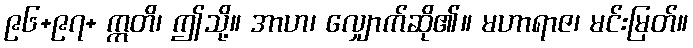
၉၆+၉၇+ ဣတိ၊ ဤသို့။ အာဟ၊ လျှောက်ဆို၏။ မဟာရာဇ၊ မင်းမြတ်။